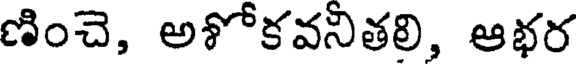
ణించె, అశోకవనితలి, ఆభర